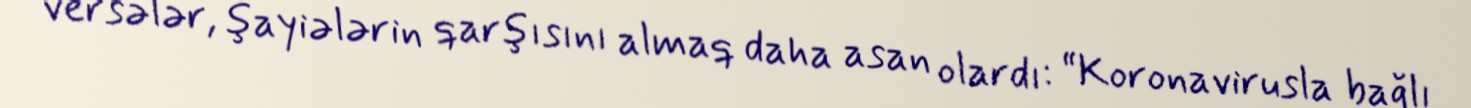
versələr, şayiələrin qarşısını almaq daha asan olardı: “Koronavirusla bağlı